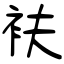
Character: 衭